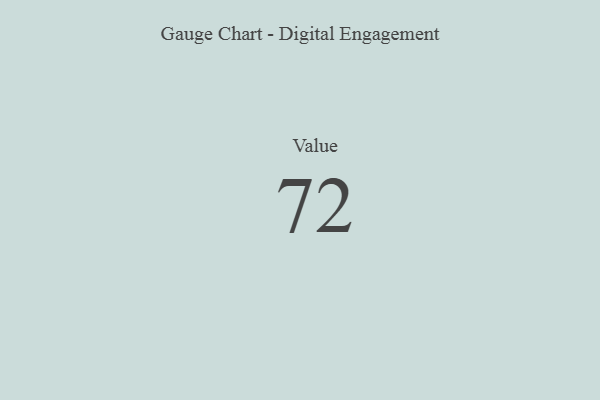
{"axis": {"x": "Metric", "y": "Value"}, "legend": [""], "data": [{"x": "Value", "y": 72, "type": ""}]}